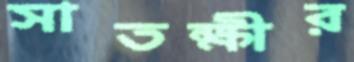
সাতক্ষীর